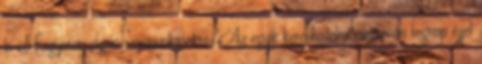
ki Magyarországon szexmunkásokra. "Az egyik kereskedelmi csatornán tegnap éjjel